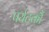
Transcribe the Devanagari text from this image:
पर्यटकौं